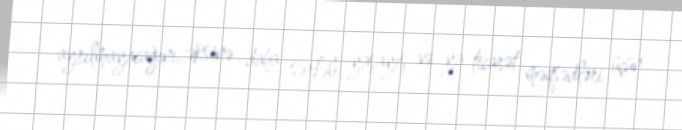
ayrılmayacağını, əksinə daha sərfəli yaşayış və ya ticarət məqsədləri üçün